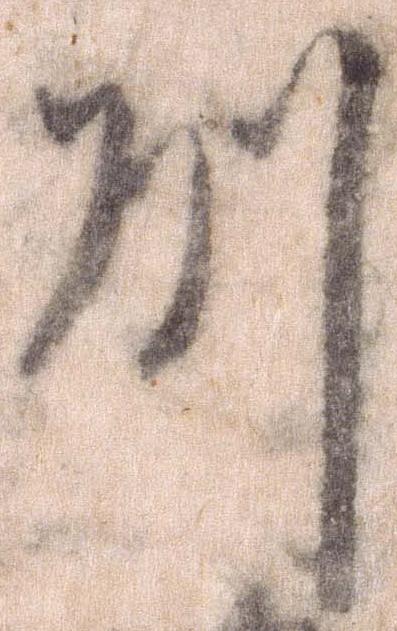
州